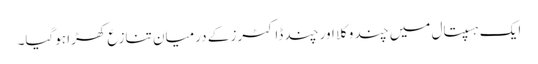
ایک ہسپتال میں چند وکلا اور چند ڈاکٹرز کے درمیان تنازع کھڑا ہوگیا۔